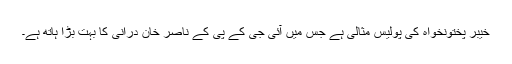
خیبر پختونخواہ کی پولیس مثالی ہے جس میں آئی جی کے پی کے ناصر خان درانی کا بہت بڑا ہاتھ ہے۔